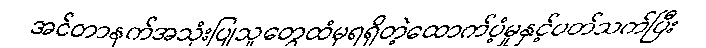
အင်တာနက်အသုံးပြုသူတွေထံမှရရှိတဲ့ထောက်ပံ့မှုနှင့်ပတ်သက်ပြီး